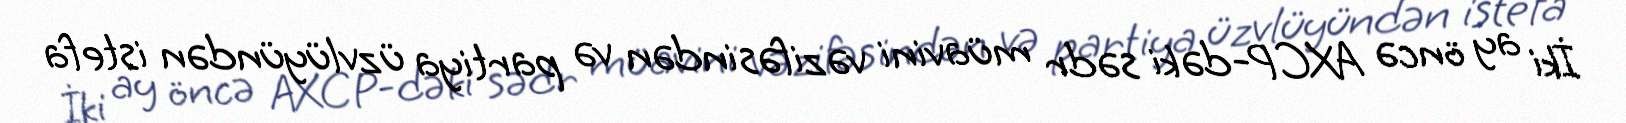
İki ay öncə AXCP-dəki sədr müavini vəzifəsindən və partiya üzvlüyündən istefa